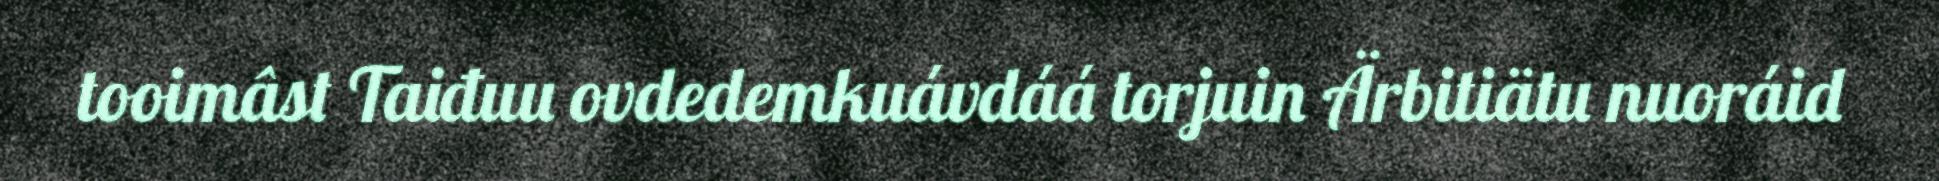
tooimâst Taiđuu ovdedemkuávdáá torjuin Ärbitiätu nuoráid